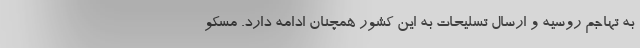
به تهاجم روسیه و ارسال تسلیحات به این کشور همچنان ادامه دارد. مسکو